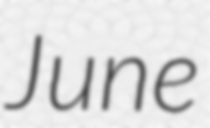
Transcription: June